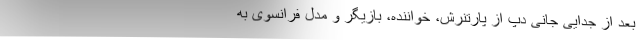
بعد از جدایی جانی دپ از پارتنرش، خواننده، بازیگر و مدل فرانسوی به